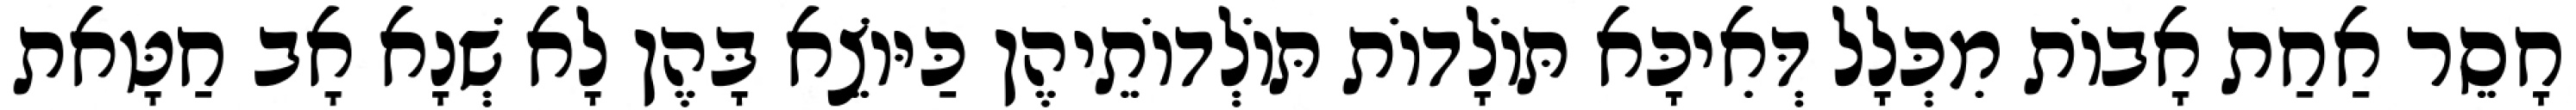
חָסֵר אַחַת אָבוֹת מִכְּלָל דְּאִיכָּא תּוֹלָדוֹת תּוֹלְדוֹתֵיהֶן כַּיּוֹצֵא בָּהֶן לָא שְׁנָא אָב חַטָּאת